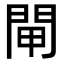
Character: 閘